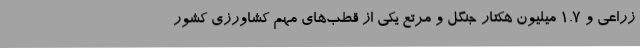
زراعی و 1.7 میلیون هکتار جنگل و مرتع یکی از قطب‌های مهم کشاورزی کشور